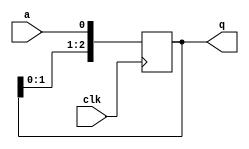
`timescale 1ns / 1ps
//////////////////////////////////////////////////////////////////////////////////
// Company: 
// Engineer: 
// 
// Design Name: 
// Module Name:    part2 
// Project Name: 
// Target Devices: 
// Tool versions: 
// Description: 
//
// Dependencies: 
//
// Revision: 
// Revision 0.01 - File Created
// Additional Comments: 
//
//////////////////////////////////////////////////////////////////////////////////
module part2(
    output reg [2:0] q,
    input a,
    input clk
    );
	 
	 //always @(posedge clk)
	 //begin
		//q[2] = q[1];
		//q[1] = q[0];
		//q[0] = a;
	 //end
	 
	 always @(posedge clk)
	 begin
		q[2] <= q[1];
		q[1] <= q[0];
		q[0] <= a;
	 end
	 
	 

endmodule